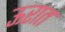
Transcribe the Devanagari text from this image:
ऊरात